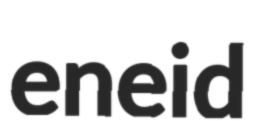
eneid